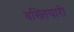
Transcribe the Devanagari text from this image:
बख्तियारी